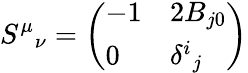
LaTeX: S^{\mu}{}_{\nu}=\left(\begin{array}{ll}{{-1}}&{{2B_{j0}}}\\ {{0}}&{{\delta^{i}{}_{j}}}\end{array}\right)